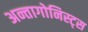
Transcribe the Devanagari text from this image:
अन्तागोनिस्ट्स